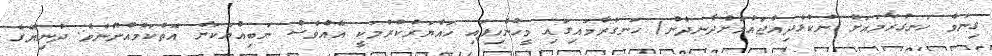
ގިނަވެ ހަނގުރާމައަށް ނުކުޅެދިއްޖައުމަށްދާނދެން) ހަނގުރާމައިގައި މީހުންހިފައި ހައްޔަރުކުރުމަކީ އެއްވެސް ނަބިއްޔަކަށް އޮތްކަމެއްނޫނެވެ. ދުނިޔޭގެ